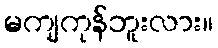
မကျကုန်ဘူးလား။